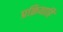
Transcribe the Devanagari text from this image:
प्रक्रियाहि